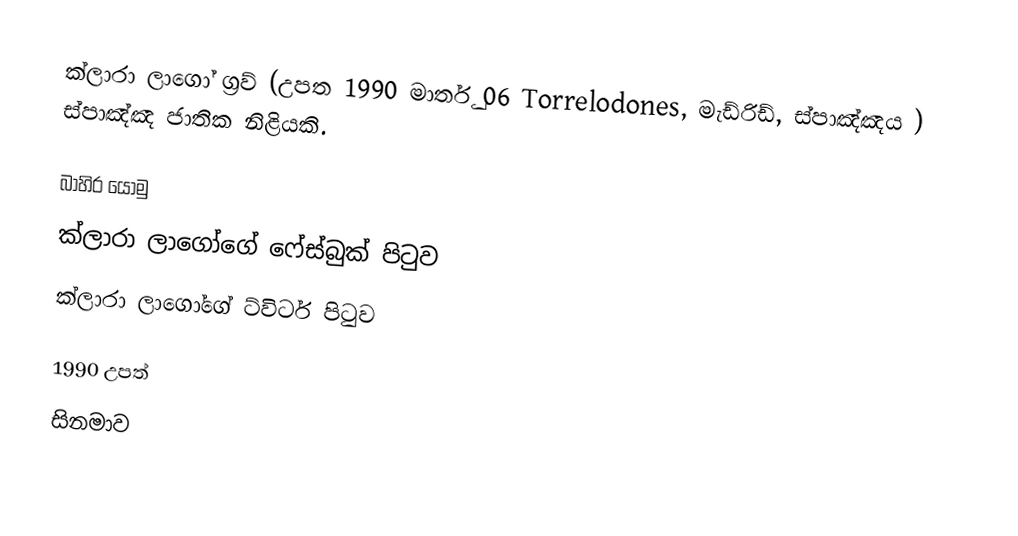
ක්ලාරා ලාගෝ ග්‍රව් (උපත 1990 මාර්තු 06 Torrelodones, මැඩ්රිඩ්, ස්පාඤ්ඤය ) ස්පාඤ්ඤ ජාතික නිළියකි.

බාහිර යොමු
 ක්ලාරා ලාගෝගේ ෆේස්බුක්  පිටුව
 ක්ලාරා ලාගෝගේ ට්විටර් පිටුව

1990 උපත්
සිනමාව